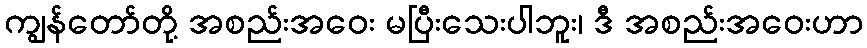
ကျွန်တော်တို့ အစည်းအဝေး မပြီးသေးပါဘူး၊ ဒီ အစည်းအဝေးဟာ